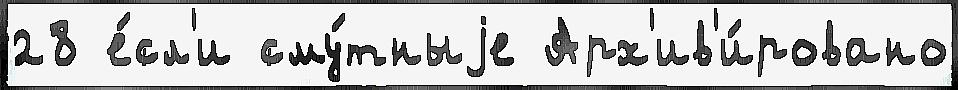
28 е́сл'и сму́тныjе Арх'ив'и́ровано